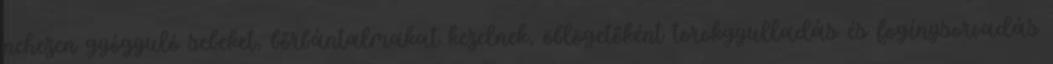
nehezen gyógyuló sebeket, bőrbántalmakat kezelnek, öblögetőként torokgyulladás és fogínysorvadás